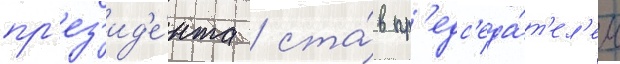
пр'ез'ид'е́нта / ста́в пр'едс'еда́т'ел'ем